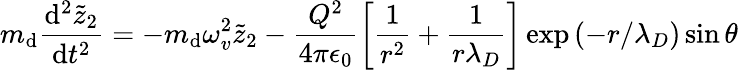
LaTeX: m_{\mathrm{d}}\frac{{\mathrm{d}^{2}\tilde{{z}}_{2}}}{{\mathrm{d}t^{2}}}=-m_{\mathrm{d}}\omega_{v}^{2}\tilde{{z}}_{2}-\frac{{Q^{2}}}{{4\pi\epsilon_{0}}}\left[\frac{{1}}{{r^{2}}}+\frac{{1}}{{r\lambda_{D}}}\right]\exp{\left(-r/\lambda_{D}\right)}\sin\theta